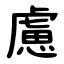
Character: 慮